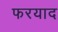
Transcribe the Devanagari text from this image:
फरयाद